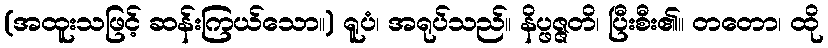
(အထူးသဖြင့် ဆန်းကြယ်သော။) ရူပံ၊ အရုပ်သည်။ နိပ္ဖဇ္ဇတိ၊ ပြီးစီး၏။ တတော၊ ထို